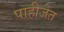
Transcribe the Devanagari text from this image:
पाहीजेत